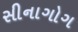
સીનાગોગ